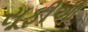
સૂફીઓ